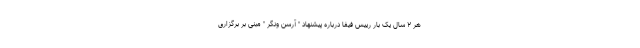
هر ۲ سال یک بار رییس فیفا درباره پیشنهاد " آرسن ونگر " مبنی بر برگزاری